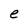
Character: e